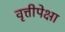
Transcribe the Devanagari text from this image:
वृत्तीपेक्षा